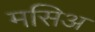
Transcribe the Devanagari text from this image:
मसिअ